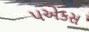
૫એકસ